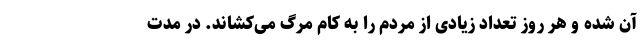
آن شده و هر روز تعداد زیادی از مردم را به کام مرگ می‌کشاند. در مدت